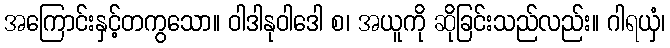
အကြောင်းနှင့်တကွသော။ ဝါဒါနုဝါဒေါ စ၊ အယူကို ဆိုခြင်းသည်လည်း။ ဂါရယှံ၊